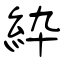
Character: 紣